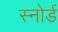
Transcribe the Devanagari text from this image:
स्नोर्ड